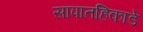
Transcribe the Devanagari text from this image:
सापातहिकाडे